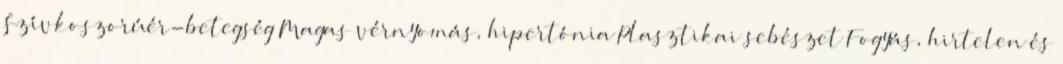
Szívkoszorúér-betegség Magas vérnyomás, hipertónia Plasztikai sebészet Fogyás, hirtelen és